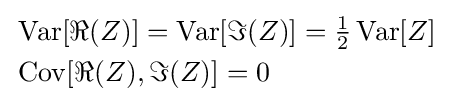
{\begin{aligned}&\operatorname {Var} [\Re {(Z)}]=\operatorname {Var} [\Im {(Z)}]={\tfrac {1}{2}}\operatorname {Var} [Z]\\&\operatorname {Cov} [\Re {(Z)},\Im {(Z)}]=0\\\end{aligned}}